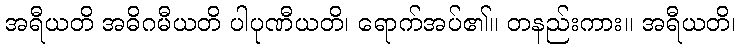
အရီယတိ အဓိဂမီယတိ ပါပုဏီယတိ၊ ရောက်အပ်၏။ တနည်းကား။ အရီယတိ၊